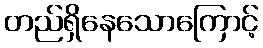
တည်ရှိနေသောကြောင့်